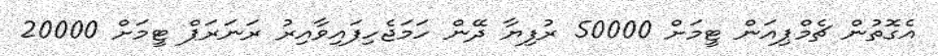
އެގޮތުން ޗެމްޕިއަން ޓީމަށް 50000 ރުފިޔާ ދޭން ހަމަޖެހިފައިވާއިރު ރަނަރަޕް ޓީމަށް 20000